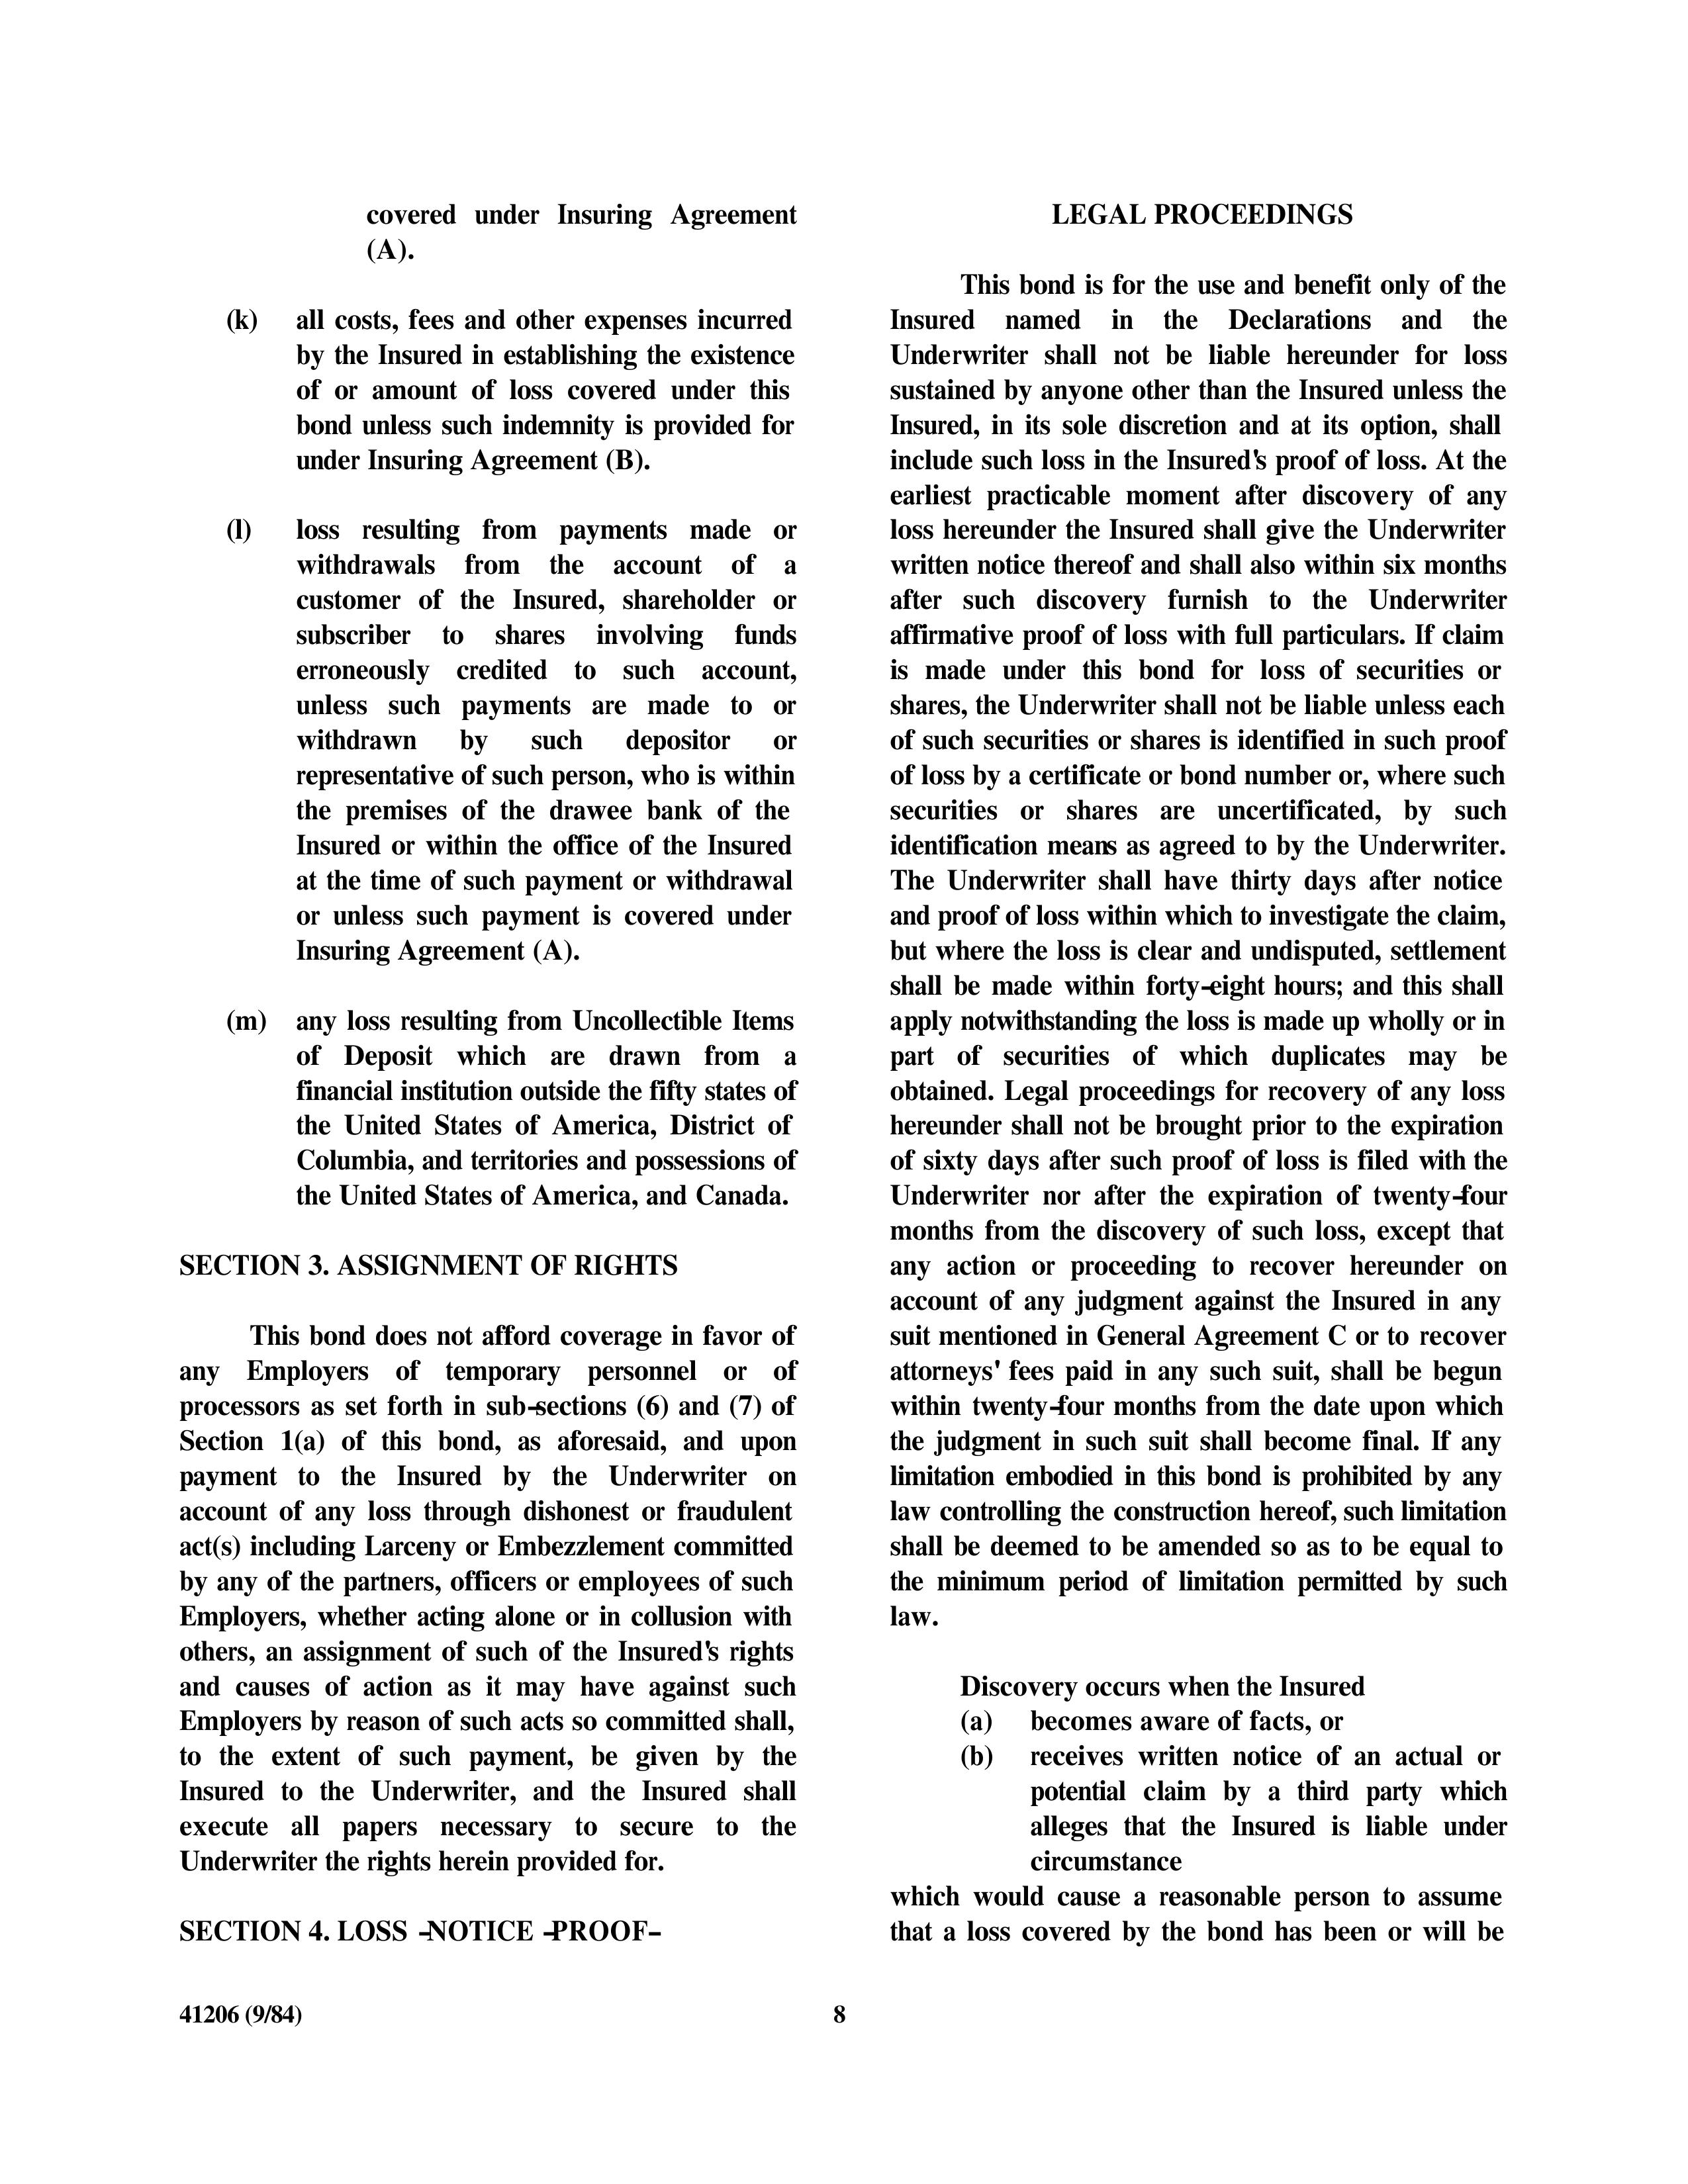
covered under Insuring Agreement                                    LEGAL PROCEEDINGS
(A).
                                                                     This bond is for the use and benefit only of the
(k)    all costs, fees and other expenses incurred            Insured named in the Declarations and the
       by the Insured in establishing the existence          Underwriter shall not be liable hereunder for loss
       of or amount of loss covered under this               sustained by anyone other than the Insured unless the
       bond unless such indemnity is provided for            Insured, in its sole discretion and at its option, shall
       under Insuring Agreement (B).                         include such loss in the Insured's proof of loss. At the
                                                             earliest practicable moment after discovery of any
(l)    loss resulting from payments made or                  loss hereunder the Insured shall give the Underwriter
       withdrawals from the account of a                     written notice thereof and shall also within six months
       customer of the Insured, shareholder or               after such discovery furnish to the Underwriter
       subscriber to shares involving funds                  affirmative proof of loss with full particulars. If claim
       erroneously credited to such account,                 is made under this bond for loss of securities or
       unless such payments are made to or                   shares, the Underwriter shall not be liable unless each
       withdrawn    by    such    depositor    or            of such securities or shares is identified in such proof
       representative of such person, who is within          of loss by a certificate or bond number or, where such
       the premises of the drawee bank of the                securities or shares are uncertificated, by such
       Insured or within the office of the Insured          identification means as agreed to by the Underwriter.
       at the time of such payment or withdrawal            The Underwriter shall have thirty days after notice
       or unless such payment is covered under              and proof of loss within which to investigate the claim,
       Insuring Agreement (A).                              but where the loss is clear and undisputed, settlement
                                                            shall be made within forty-eight hours; and this shall
(m)    any loss resulting from Uncollectible Items         apply notwithstanding the loss is made up wholly or in
       of Deposit which are drawn from a                    part of securities of which duplicates may be
       financial institution outside the fifty states of    obtained. Legal proceedings for recovery of any loss
       the United States of America, District of            hereunder shall not be brought prior to the expiration
       Columbia, and territories and possessions of         of sixty days after such proof of loss is filed with the
       the United States of America, and Canada.            Underwriter nor after the expiration of twenty-four
                                                           months from the discovery of such loss, except that
SECTION 3. ASSIGNMENT OF RIGHTS                            any action or proceeding to recover hereunder on
                                                           account of any judgment against the Insured in any
This bond does not afford coverage in favor of             suit mentioned in General Agreement C or to recover
any Employers of temporary personnel or of                 attorneys' fees paid in any such suit, shall be begun
processors as set forth in sub-sections (6) and (7) of     within twenty-four months from the date upon which
Section 1(a) of this bond, as aforesaid, and upon         the judgment in such suit shall become final. If any
payment to the Insured by the Underwriter on               limitation embodied in this bond is prohibited by any
account of any loss through dishonest or fraudulent        law controlling the construction hereof, such limitation
act(s) including Larceny or Embezzlement committed         shall be deemed to be amended so as to be equal to
by any of the partners, officers or employees of such      the minimum period of limitation permitted by such
Employers, whether acting alone or in collusion with       law.
others, an assignment of such of the Insured's rights
and causes of action as it may have against such                             Discovery occurs when the Insured
Employers by reason of such acts so committed shall,             (a)    becomes aware of facts, or
to the extent of such payment, be given by the                   (b)    receives written notice of an actual or
Insured to the Underwriter, and the Insured shall                       potential claim by a third party which
execute all papers necessary to secure to the                            alleges that the Insured is liable under
Underwriter the rights herein provided for.                              circumstance
                                                           which would cause a reasonable person to assume
SECTION 4. LOSS -NOTICE -PROOF-                           that a loss covered by the bond has been or will be

41206 (9/84)                                         8